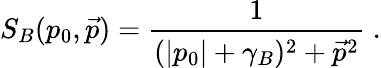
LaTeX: S_{B}(p_{0},\vec{p})=\frac{1}{(|p_{0}|+\gamma_{B})^{2}+\vec{p}^{2}}\; .